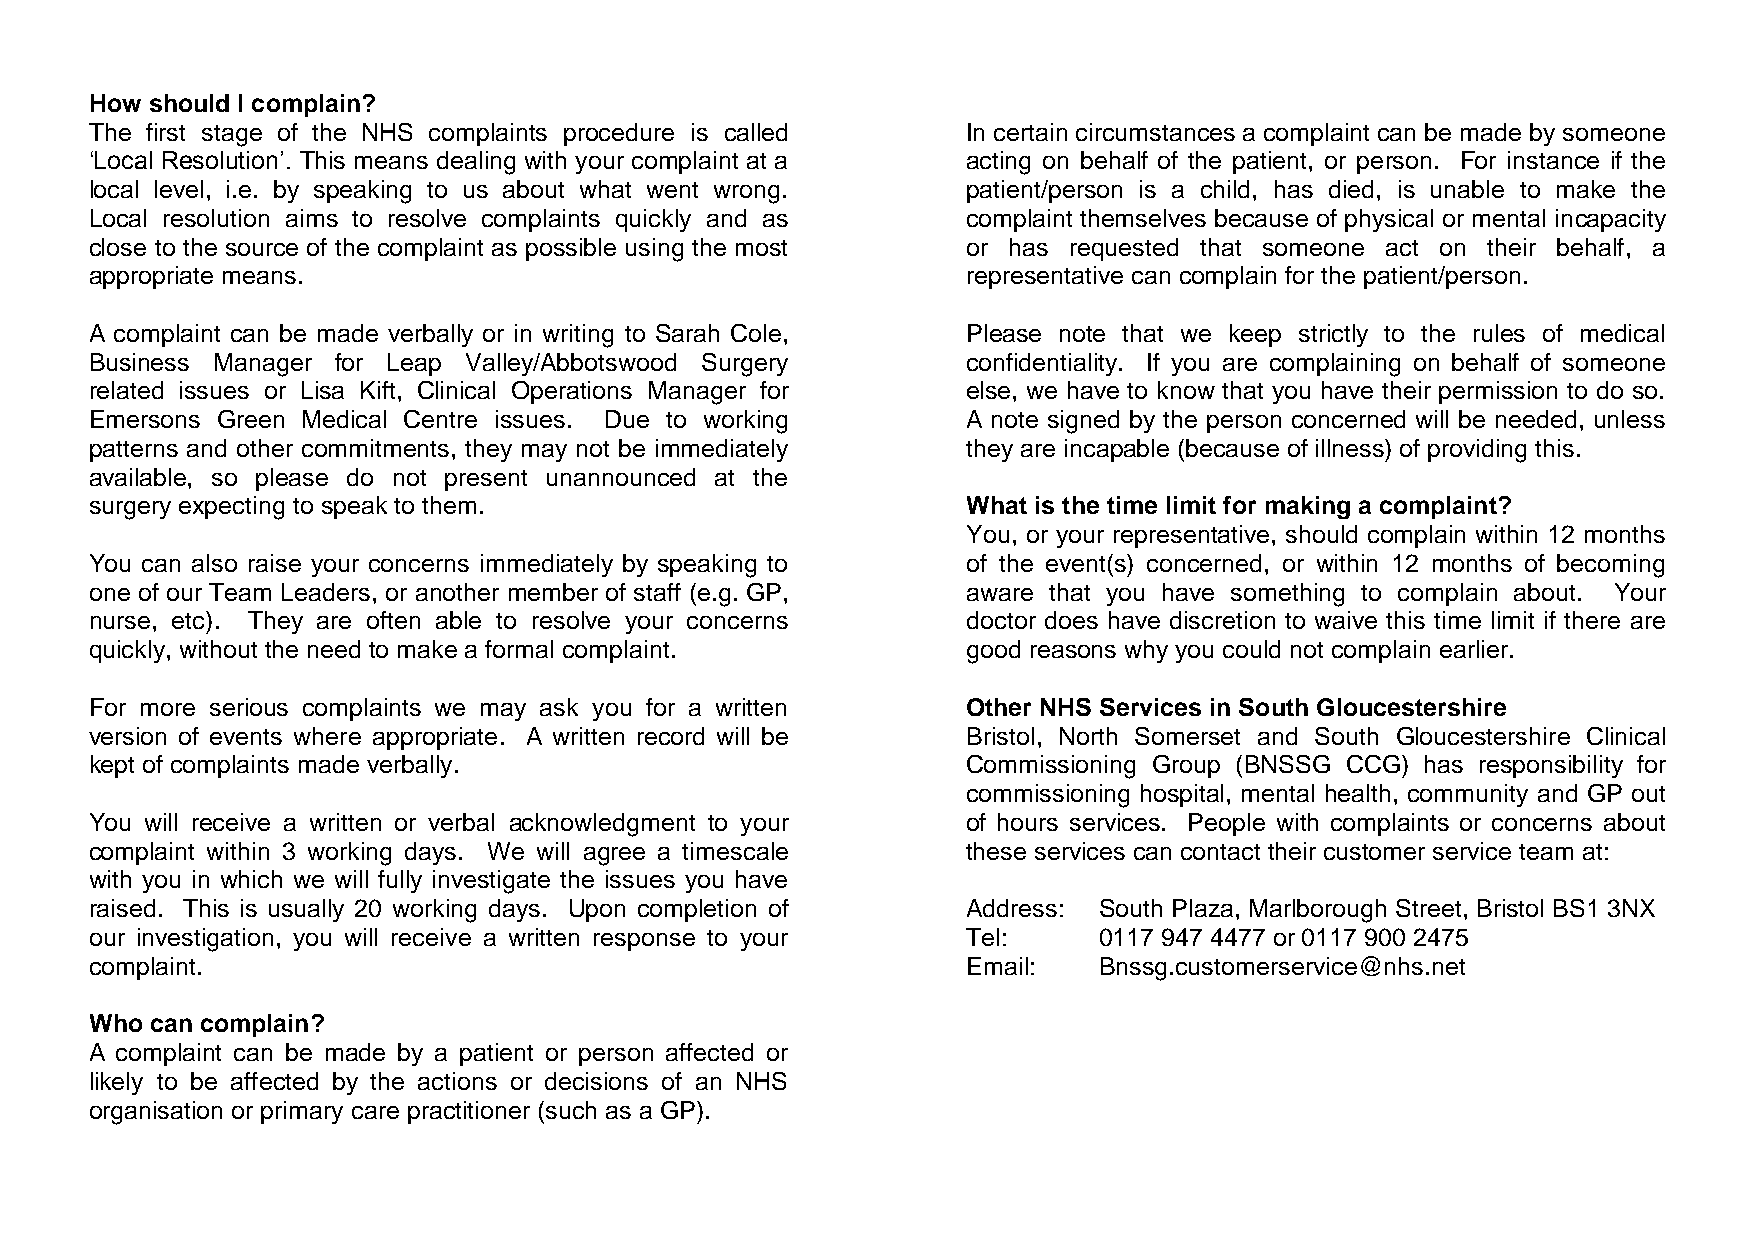
How should I complain?
 The first stage of the NHS complaints procedure is called In certain circumstances a complaint can be made by someone
 ‘Local Resolution’. This means dealing with your complaint at a acting on behalf of the patient, or person. For instance if the
 local level, i.e. by speaking to us about what went wrong. patient/person is a child, has died, is unable to make the
 Local resolution aims to resolve complaints quickly and as complaint themselves because of physical or mental incapacity
 close to the source of the complaint as possible using the most or has requested that someone act on their behalf, a
 appropriate means.                                        representative can complain for the patient/person.
 A complaint can be made verbally or in writing to Sarah Cole, Please note that we keep strictly to the rules of medical
 Business Manager for Leap Valley/Abbotswood Surgery       confidentiality. If you are complaining on behalf of someone
 related issues or Lisa Kift, Clinical Operations Manager for else, we have to know that you have their permission to do so.
 Emersons Green Medical Centre issues. Due to working      A note signed by the person concerned will be needed, unless
 patterns and other commitments, they may not be immediately they are incapable (because of illness) of providing this.
 available, so please do not present unannounced at the
 surgery expecting to speak to them.                       What is the time limit for making a complaint?
 You, or your representative, should complain within 12 months
 You can also raise your concerns immediately by speaking to of the event(s) concerned, or within 12 months of becoming
 one of our Team Leaders, or another member of staff (e.g. GP, aware that you have something to complain about. Your
 nurse, etc). They are often able to resolve your concerns doctor does have discretion to waive this time limit if there are
 quickly, without the need to make a formal complaint.     good reasons why you could not complain earlier.
 For more serious complaints we may ask you for a written  Other NHS Services in South Gloucestershire
 version of events where appropriate. A written record will be Bristol, North Somerset and South Gloucestershire Clinical
 kept of complaints made verbally.                         Commissioning Group (BNSSG CCG) has responsibility for
 commissioning hospital, mental health, community and GP out
 You will receive a written or verbal acknowledgment to your of hours services. People with complaints or concerns about
 complaint within 3 working days. We will agree a timescale these services can contact their customer service team at:
 with you in which we will fully investigate the issues you have
 raised. This is usually 20 working days. Upon completion of Address: South Plaza, Marlborough Street, Bristol BS1 3NX
 our investigation, you will receive a written response to your Tel: 0117 947 4477 or 0117 900 2475
 complaint.                                                Email:   Bnssg.customerservice@nhs.net
 Who can complain?
 A complaint can be made by a patient or person affected or
 likely to be affected by the actions or decisions of an NHS
 organisation or primary care practitioner (such as a GP).